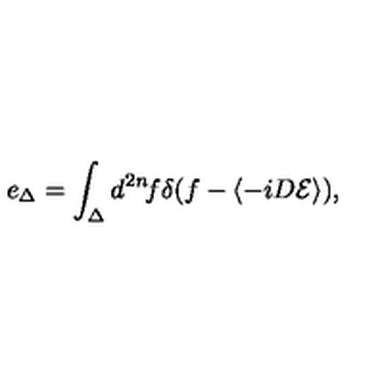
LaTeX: e _ { \Delta } = \int _ { \Delta } d ^ { 2 n } \! f \delta ( f - \langle - i D { \cal E } \rangle ) ,